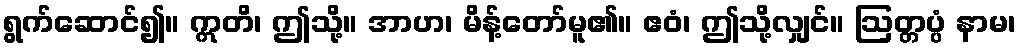
ရွက်ဆောင်၍။ ဣတိ၊ ဤသို့။ အာဟ၊ မိန့်တော်မူ၏။ ဧဝံ၊ ဤသို့လျှင်။ ဩတ္တပ္ပံ နာမ၊